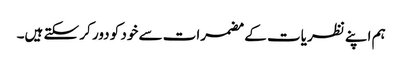
ہم اپنے نظریات کے مضمرات سے خود کو دور کر سکتے ہیں۔